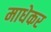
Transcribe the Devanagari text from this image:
माधेकर